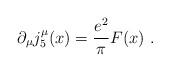
LaTeX: \begin{align*}\partial_{\mu}j^{\mu}_{5}(x) =\frac{e^{2}}{\pi}F(x) \ .\end{align*}